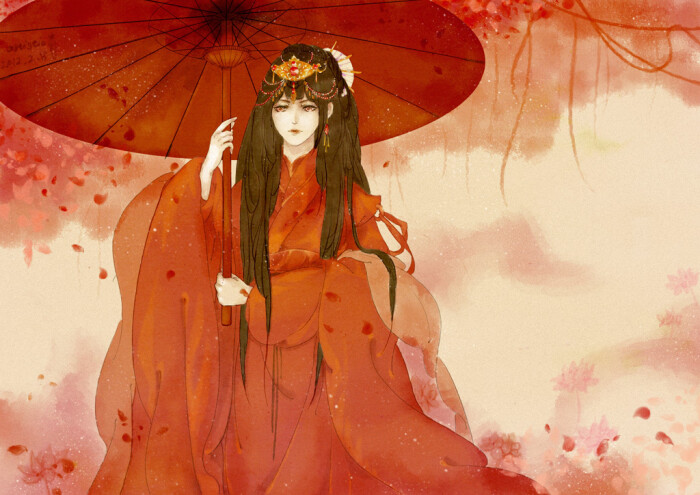
杨柳回塘，鸳鸯别浦。绿萍涨断莲舟路。